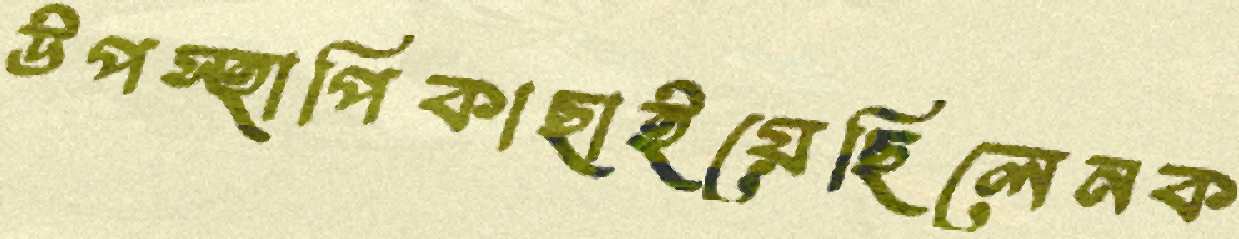
উপস্হাপিকাছাইয়েছিলেনক